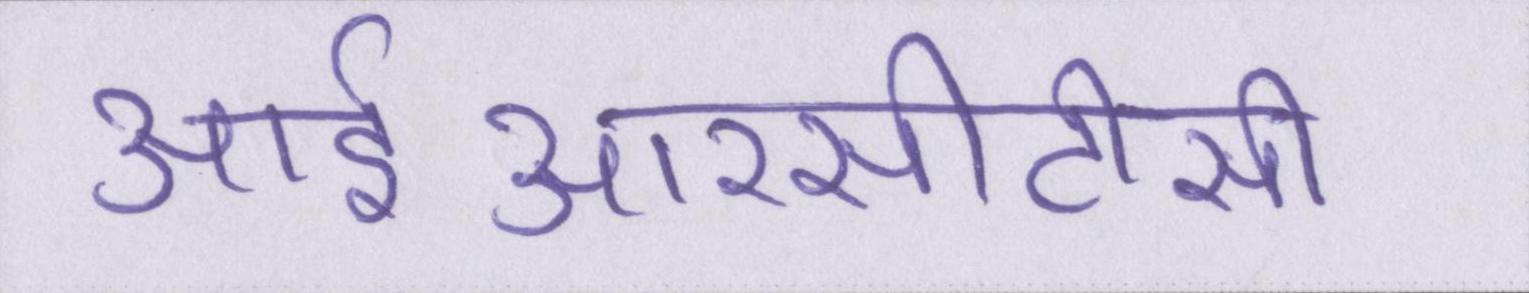
आईआरसीटीसी